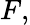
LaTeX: F,